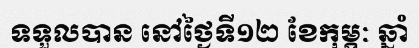
ទទួលបាន នៅថ្ងៃទី១២ ខែកុម្ភៈ ឆ្នាំ